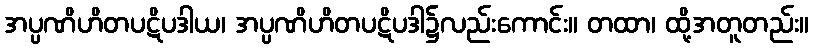
အပ္ပဏိဟိတပဋိပဒါယ၊ အပ္ပဏိဟိတပဋိပဒါ၌လည်းကောင်း။ တထာ၊ ထို့အတူတည်း။